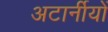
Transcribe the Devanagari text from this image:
अटार्नीयों